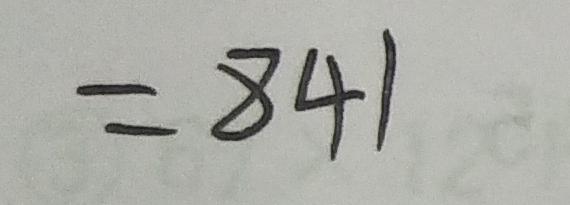
= 8 4 1